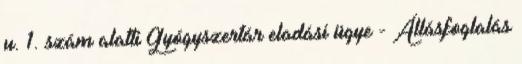
u. 1. szám alatti Gyógyszertár eladási ügye - Állásfoglalás